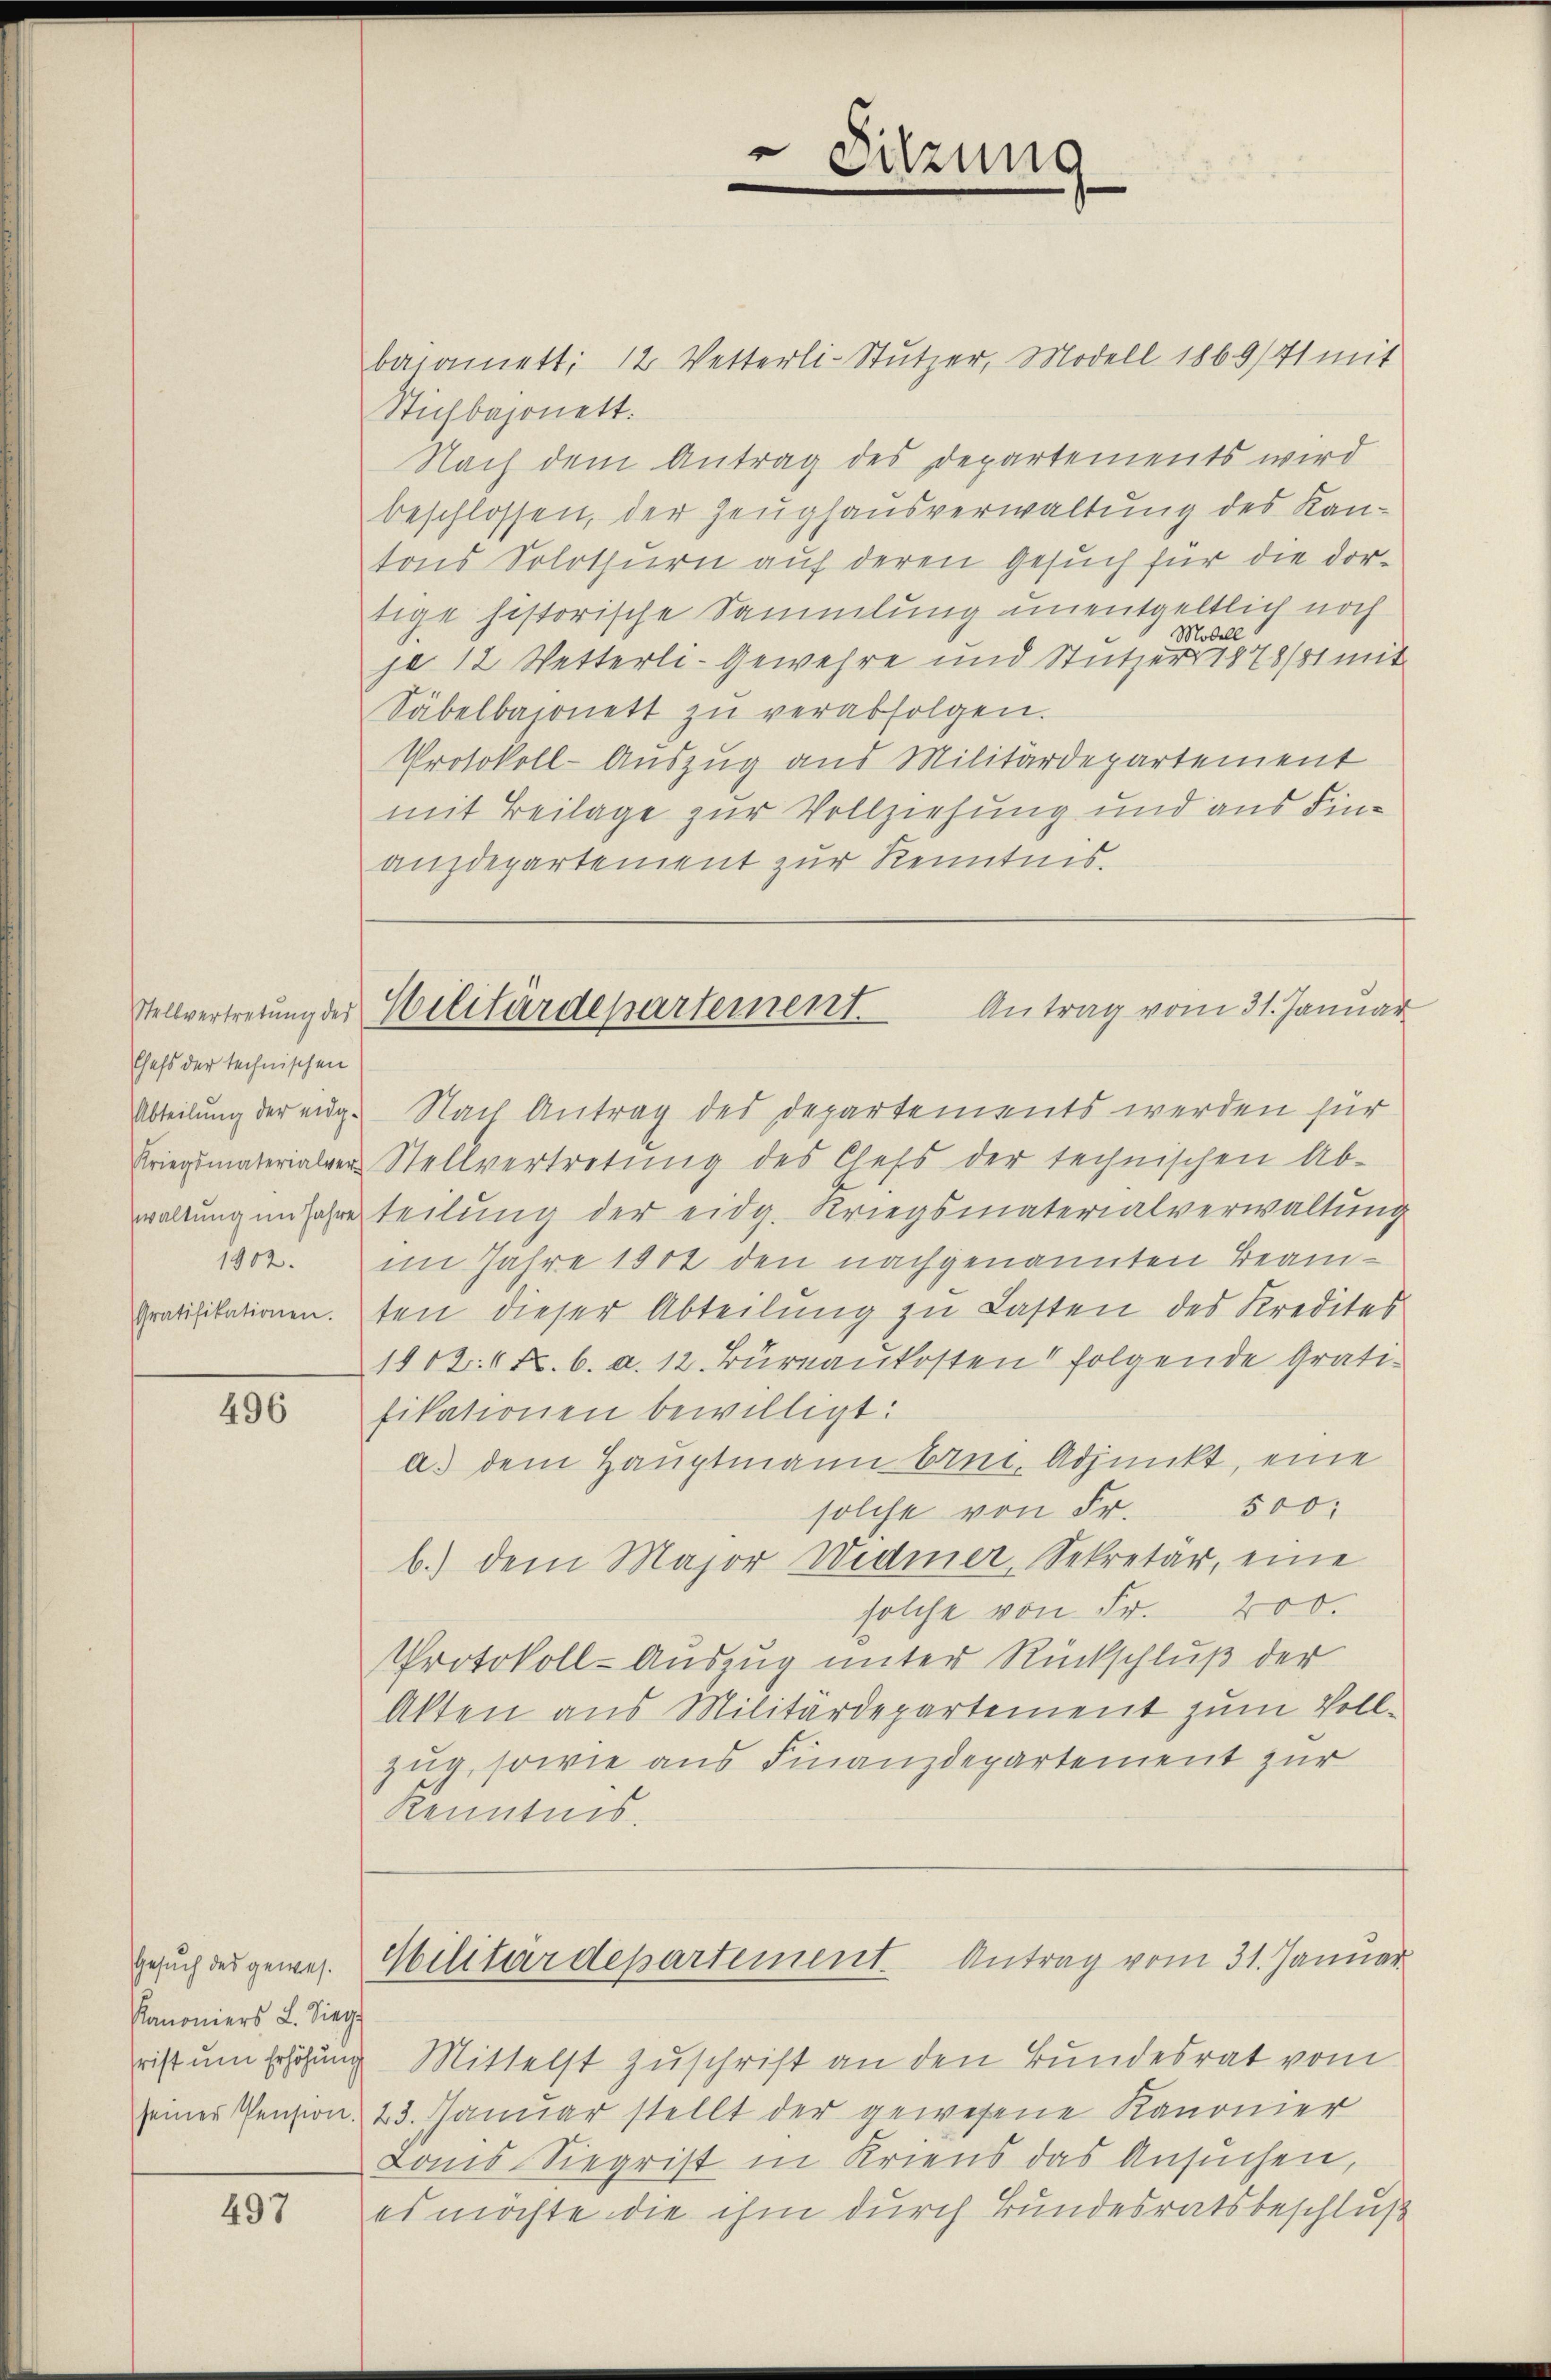
Chefs der technischen

496

Gesuch des gewes
Kanoniers L. Sieg
rist um Erhöhung

497

baiamett: 12 Vetterli-Stutzer, Modell 1869/41 mit
Stichbajonett.
Nach dem Antrag des Departements wird
beschlossen, der Zeughausverwaltung des Kantons Solothurn auf deren Gesuch für die dortige historische Sammlung unentgeltlich noch
Modell
je 12 Wetterli-Gewehre und Stutzer 1878/81 mit
Säbelbajonett zŭ verabfolgen.
Protokoll-Auszug aus Militärdepartement
mit Beilage zur Vollziehung und aus Finanzdepartement zur Kenntnis.

Sitzung

Stellvertretung des Militärdepartement. Antrag vom 31. Januar

Militärdepartement. Antrag vom 31. Januar

Abteilung der eidg. Nach Antrag des Departements werden für
Kriegsmaterialen Stellvertretŭng des Chefs der technischen Ab-
waltung im Jahre teilung der eidg. Kriegsmaterialverwaltung
1802. im Jahre 1811 den nachgenannten Beam¬
Gratifikationenten dieser Abteilung zu Lasten des Kredites
1802. 6 Fr. 6. a. 12. Bureaukosten folgende Gratifikationen bewilligt:
a.) dem Hauptmann bei, Adjunkt, eine
solche von Fr. 500.
b.) dem Major Widmer, Sekretär, eine
solche von Fr. 200.
Protokoll-Auszug unter Rückschluß der
Akten aus Militärdepartement zum Vollzug, sowie aus Finanzdepartement zur
Kenntnis.

Mittelst Zuschrift an den Bundesrat vom
seiner Pension. 23. Januar stellt der gewesene Kanonier
Lonis Siegrist in Kriens das Ansuchen,
es möchte die ihm durch Bundesratsbeschluß